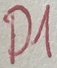
Text: D1